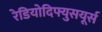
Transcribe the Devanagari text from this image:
रेडियोदिफ्युसयूर्स